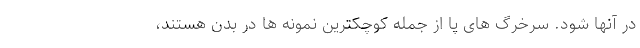
در آنها شود. سرخرگ های پا از جمله کوچکترین نمونه ها در بدن هستند،